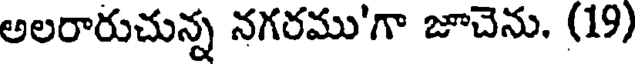
అలరారుచున్న నగరము'గా జూచెను. (19)